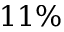
1 1 \%